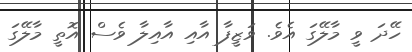
ހޭދަ ވީ މާލޭގަ އެވެ. ވަޒީފާ އާއި އާއިލާ ވެސް އޮތީ މާލޭގަ